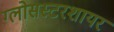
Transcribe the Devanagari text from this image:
ग्लोसस्टरशायर